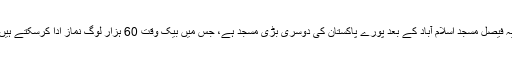
یہ فیصل مسجد اسلام آباد کے بعد پورے پاکستان کی دوسری بڑی مسجد ہے، جس میں بیک وقت 60 ہزار لوگ نماز ادا کرسکتے ہیں۔